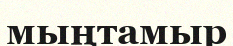
мыңтамыр